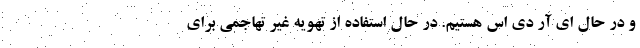
و در حال‌ ای آر دی اس هستیم. در حال استفاده از تهویه غیر تهاجمی برای